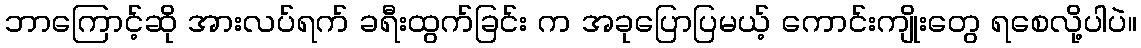
ဘာကြောင့်ဆို အားလပ်ရက် ခရီးထွက်ခြင်း က အခုပြောပြမယ့် ကောင်းကျိုးတွေ ရစေလို့ပါပဲ။